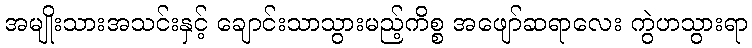
အမျိုးသားအသင်းနှင့် ချောင်းသာသွားမည့်ကိစ္စ အဖျော်ဆရာလေး ကွဲဟသွားရာ